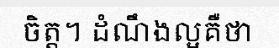
ចិត្ត។ ដំណឹងល្អគឺថា